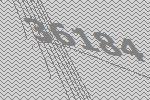
36184